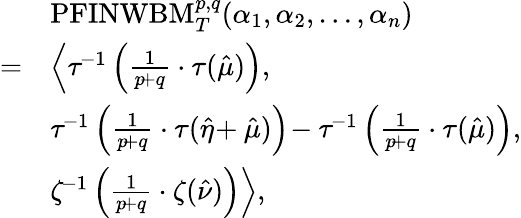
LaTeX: \begin{array}{rl}&{\mathrm{PFINWBM}_{T}^{p,q}(\alpha_{1},\alpha_{2},\ldots,\alpha_{n})}\\ {=}&{\left\langle\tau^{\! -1}\left(\frac{1}{p\! +q}\cdot\tau(\hat{\mu})\right)\right.,}\\ &{\tau^{\! -1}\left(\frac{1}{p\! +q}\cdot\tau(\hat{\eta}\! +\hat{\mu})\right)\! -\tau^{\! -1}\left(\frac{1}{p\! +q}\cdot\tau(\hat{\mu})\right),}\\ &{\left.\zeta^{\! -1}\left(\frac{1}{p\! +q}\cdot\zeta(\hat{\nu})\right)\right\rangle,}\end{array}